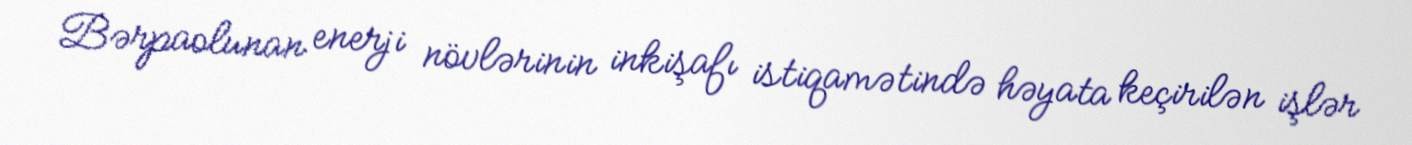
Bərpaolunan enerji növlərinin inkişafı istiqamətində həyata keçirilən işlər